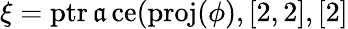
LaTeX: \xi=\operatorname{ptr\mathfrak{a}ce}(\operatorname{proj}(\phi),[2,2],[2]